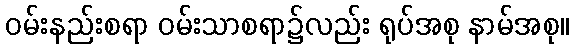
ဝမ်းနည်းစရာ ဝမ်းသာစရာ၌လည်း ရုပ်အစု နာမ်အစု။